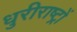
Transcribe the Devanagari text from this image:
धुरीराष्ट्रों